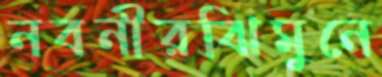
নবনীরঝিমুনে